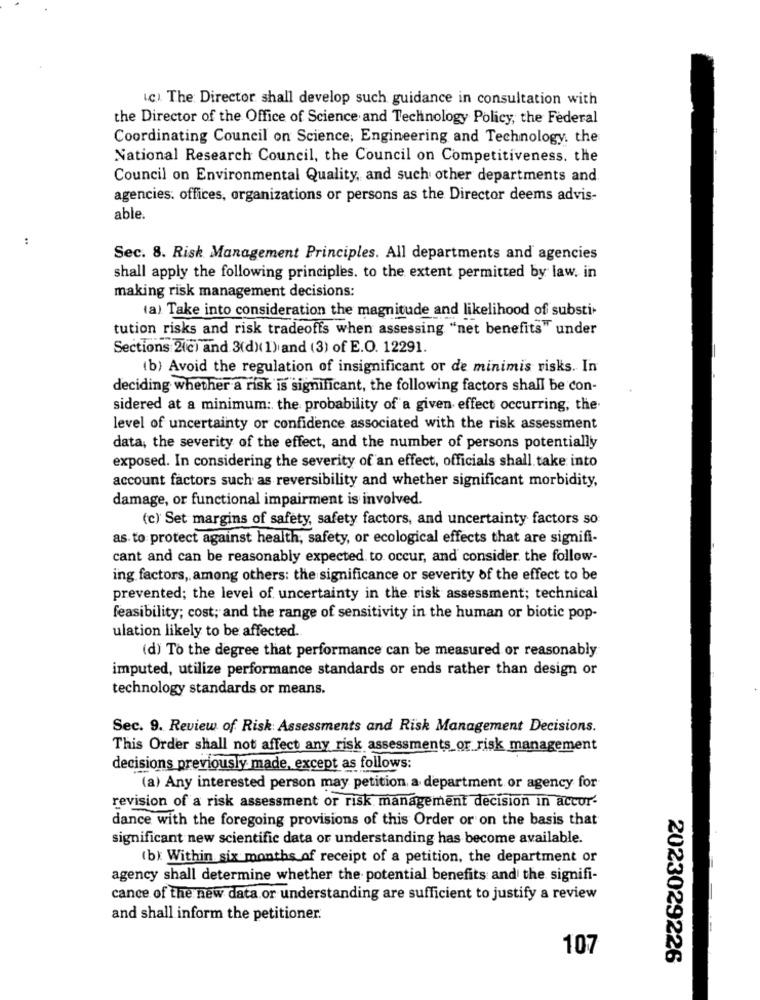
(c) The Director shall develop such guidance in consultation with
the Director of the Office of Science and Technology Policy, the Federal
Coordinating Council on Science, Engineering and Technology. the
National Research Council, the Council on Competitiveness. the
Council on Environmental Quality, and such other departments and
agencies: offices, organizations or persons as the Director deems advis-
able.
:
Sec. 8. Risk Management Principles. All departments and agencies
shall apply the following principles. to the extent permitted by law. in
making risk management decisions:
(a) Take into consideration the magnitude and likelihood of substi-
tution risks and risk tradeoffs when assessing "net benefits" under
Sections 2(c) and 3(d)( 1) and (3) of E.O. 12291.
(b) Avoid the regulation of insignificant or de minimis risks. In
deciding whether a risk is significant, the following factors shall be con-
sidered at a minimum: the probability of a given effect occurring, the
level of uncertainty or confidence associated with the risk assessment
data, the severity of the effect, and the number of persons potentially
exposed. In considering the severity of an effect, officials shall take into
account factors such as reversibility and whether significant morbidity,
damage, or functional impairment is involved.
(c) Set margins of safety, safety factors, and uncertainty factors so
as to protect against health, safety, or ecological effects that are signifi-
cant and can be reasonably expected to occur, and consider the follow-
ing factors, among others: the significance or severity of the effect to be
prevented; the level of uncertainty in the risk assessment; technical
feasibility; cost; and the range of sensitivity in the human or biotic pop-
ulation likely to be affected.
(d) To the degree that performance can be measured or reasonably
imputed, utilize performance standards or ends rather than design or
technology standards or means.
Sec. 9. Review of Risk Assessments and Risk Management Decisions.
This Order shall not affect any risk assessments or risk management
decisions previously made, except as follows:
(a) Any interested person may petition a department or agency for
revision of a risk assessment or risk management decision in accor-
dance with the foregoing provisions of this Order or on the basis that
significant new scientific data or understanding has become available.
(b) Within six months of receipt of a petition, the department or
agency shall determine whether the potential benefits and the signifi-
cance of the new data or understanding are sufficient to justify a review
and shall inform the petitioner.
107
2023029226